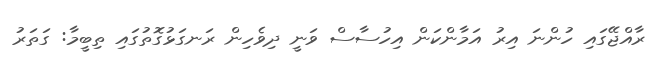
ރާއްޖޭގައި ހުންނަ އިރު އަމާންކަން އިހުސާސް ވަނީ ދިވެހިން ރަނގަޅުގޮތުގައި ތިބީމާ: ގަތަރު